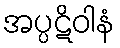
အပ္ပဋိဝါနံ